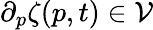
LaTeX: \partial_{p}\zeta(p,t)\in\mathcal{V}